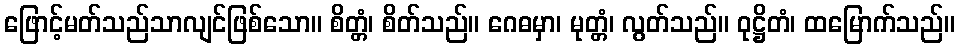
ဖြောင့်မတ်သည်သာလျင်ဖြစ်သော။ စိတ္တံ၊ စိတ်သည်။ ဂေဓမှာ၊ မုတ္တံ၊ လွတ်သည်။ ဝုဋ္ဌိတံ၊ ထမြောက်သည်။